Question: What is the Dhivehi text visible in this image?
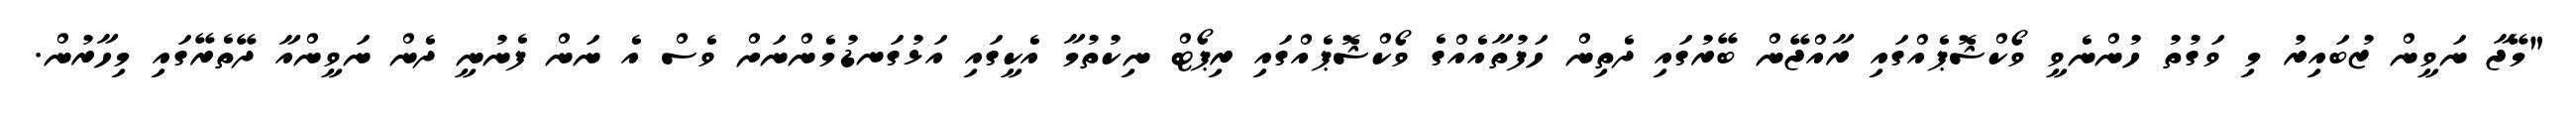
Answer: "މޭޖާ ނަވީން ޒުބައިރު މި ވަގުތު ހުންނެވީ ވޯކްޝޮޕެއްގައި ރާއްޖޭން ބޭރުގައި ދެތިން ހަފުތާއެއްގެ ވޯކްޝޮޕެއްގައި ރިޕޯޓް ނިކުތުމާ އެކީގައި އަޅުގަނޑުމެންނަށް ވެސް އެ ނަން ފެނުނީ ދެން ނަވީންއާ ދޭތެރޭގައި މިހާރުން.